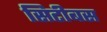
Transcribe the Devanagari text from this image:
सिटीबस